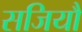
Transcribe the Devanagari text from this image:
सजियौ